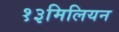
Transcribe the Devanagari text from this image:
१३मिलियन